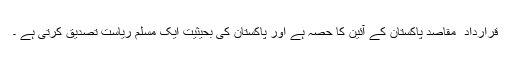
قرارداد ِ مقاصد پاکستان کے آئین کا حصّہ ہے اور پاکستان کی بحیثیت ایک مسلم ریاست تصدیق کرتی ہے ۔